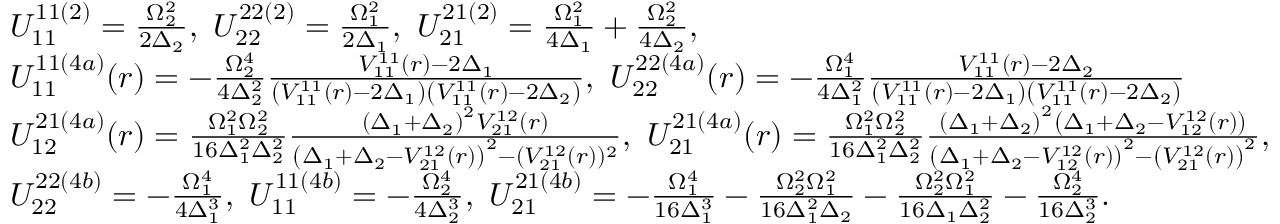
\begin{array} { r l } & { U _ { 1 1 } ^ { 1 1 ( 2 ) } = \frac { \Omega _ { 2 } ^ { 2 } } { 2 \Delta _ { 2 } } , ~ U _ { 2 2 } ^ { 2 2 ( 2 ) } = \frac { \Omega _ { 1 } ^ { 2 } } { 2 \Delta _ { 1 } } , ~ U _ { 2 1 } ^ { 2 1 ( 2 ) } = \frac { \Omega _ { 1 } ^ { 2 } } { 4 \Delta _ { 1 } } + \frac { \Omega _ { 2 } ^ { 2 } } { 4 \Delta _ { 2 } } , } \\ & { U _ { 1 1 } ^ { 1 1 ( 4 a ) } ( r ) = - \frac { \Omega _ { 2 } ^ { 4 } } { 4 \Delta _ { 2 } ^ { 2 } } \frac { V _ { 1 1 } ^ { 1 1 } ( r ) - 2 \Delta _ { 1 } } { \left( V _ { 1 1 } ^ { 1 1 } ( r ) - 2 \Delta _ { 1 } \right) \left( V _ { 1 1 } ^ { 1 1 } ( r ) - 2 \Delta _ { 2 } \right) } , ~ U _ { 2 2 } ^ { 2 2 ( 4 a ) } ( r ) = - \frac { \Omega _ { 1 } ^ { 4 } } { 4 \Delta _ { 1 } ^ { 2 } } \frac { V _ { 1 1 } ^ { 1 1 } ( r ) - 2 \Delta _ { 2 } } { \left( V _ { 1 1 } ^ { 1 1 } ( r ) - 2 \Delta _ { 1 } \right) \left( V _ { 1 1 } ^ { 1 1 } ( r ) - 2 \Delta _ { 2 } \right) } } \\ & { U _ { 1 2 } ^ { 2 1 ( 4 a ) } ( r ) = \frac { \Omega _ { 1 } ^ { 2 } \Omega _ { 2 } ^ { 2 } } { 1 6 \Delta _ { 1 } ^ { 2 } \Delta _ { 2 } ^ { 2 } } \frac { \left( \Delta _ { 1 } + \Delta _ { 2 } \right) ^ { 2 } V _ { 2 1 } ^ { 1 2 } ( r ) } { \left( \Delta _ { 1 } + \Delta _ { 2 } - V _ { 2 1 } ^ { 1 2 } ( r ) \right) ^ { 2 } - ( V _ { 2 1 } ^ { 1 2 } ( r ) ) ^ { 2 } } , ~ U _ { 2 1 } ^ { 2 1 ( 4 a ) } ( r ) = \frac { \Omega _ { 1 } ^ { 2 } \Omega _ { 2 } ^ { 2 } } { 1 6 \Delta _ { 1 } ^ { 2 } \Delta _ { 2 } ^ { 2 } } \frac { \left( \Delta _ { 1 } + \Delta _ { 2 } \right) ^ { 2 } \left( \Delta _ { 1 } + \Delta _ { 2 } - V _ { 1 2 } ^ { 1 2 } ( r ) \right) } { \left( \Delta _ { 1 } + \Delta _ { 2 } - V _ { 1 2 } ^ { 1 2 } ( r ) \right) ^ { 2 } - \left( V _ { 2 1 } ^ { 1 2 } ( r ) \right) ^ { 2 } } , } \\ & { U _ { 2 2 } ^ { 2 2 ( 4 b ) } = - \frac { \Omega _ { 1 } ^ { 4 } } { 4 \Delta _ { 1 } ^ { 3 } } , ~ U _ { 1 1 } ^ { 1 1 ( 4 b ) } = - \frac { \Omega _ { 2 } ^ { 4 } } { 4 \Delta _ { 2 } ^ { 3 } } , ~ U _ { 2 1 } ^ { 2 1 ( 4 b ) } = - \frac { \Omega _ { 1 } ^ { 4 } } { 1 6 \Delta _ { 1 } ^ { 3 } } - \frac { \Omega _ { 2 } ^ { 2 } \Omega _ { 1 } ^ { 2 } } { 1 6 \Delta _ { 1 } ^ { 2 } \Delta _ { 2 } } - \frac { \Omega _ { 2 } ^ { 2 } \Omega _ { 1 } ^ { 2 } } { 1 6 \Delta _ { 1 } \Delta _ { 2 } ^ { 2 } } - \frac { \Omega _ { 2 } ^ { 4 } } { 1 6 \Delta _ { 2 } ^ { 3 } } . } \end{array}